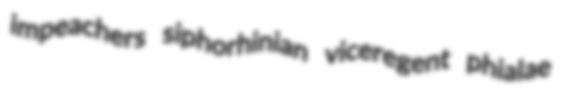
impeachers siphorhinian viceregent phialae